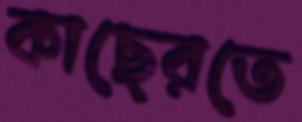
কাছেরতে